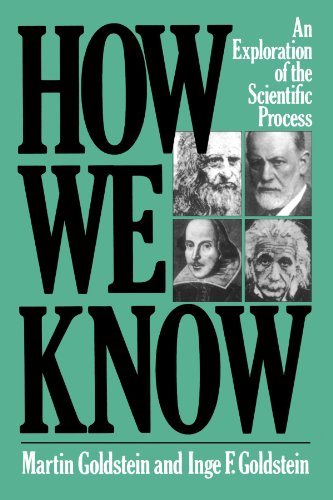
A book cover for How We Know: An Exploration Of The Scientific Process; Martin Goldstein; Science & Math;